Vaccination report Assam 1896-1927 - 1896-1927
Year: 1896
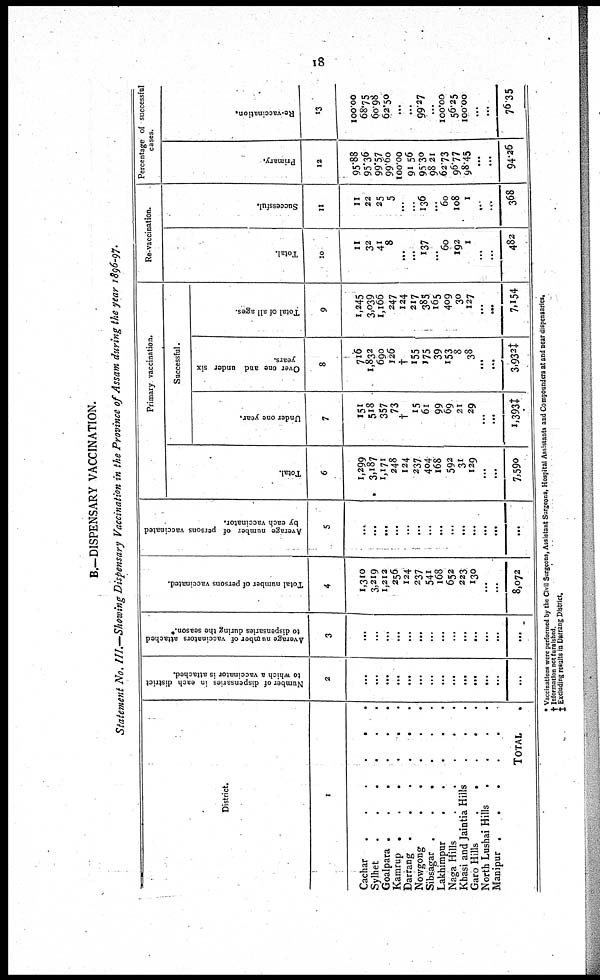
18
B.—DISPENSARY VACCINATION.
Statement No. III.—Showing Dispensary Vaccination in the Province of Assam during the year 1896-97.
District.
1
Cachar
Sylhet
......
Goalpara .
Kamrup
Darrang
Nowgong
.....
Sibsagar
......
Lakhimpur
.....
Naga Hills
Khasi and Jaintia Hills ...
Garo Hills
.....
North Lushai Hills
....
Manipur
TOTAL .
Number of dispensaries in each district
to which a vaccinator is attached.
2
...
...
...
...
...
...
...
...
...
...
...
...
...
...
Average number of vaccinators attached
to dispensaries during the season.*
3
...
...
...
...
...
...
...
...
...
...
...
...
...
...
Total number of persons vaccinated.
4
1,310
3,219
1,212
256
124
237
541
168
652
223
130
...
...
8,072
Average number of persons vaccinated
by each vaccinator.
5
...
...
...
...
...
...
...
...
...
...
...
...
...
...
Primary vaccination.
Total.
6
1,299
3,187
1,171
248
124
237
404
168
592
31
129
...
...
7,590
Successful.
Under one year.
7
151
518
357
73
†
15
61
99
69
21
29
...
...
1,393‡
Over one and under six
years.
8
716
1,832
690
126
†
155
175
39
153
8
38
...
...
3,932‡
Total of all ages.
9
1,245
3,039
1,166
247
124
217
385
165
409
30
127
...
...
7,154
Re-vaccination.
Total.
10
11
32
41
8
...
...
137
...
60
192
1
...
...
482
Successful.
11
11
22
25
5
...
...
136
...
60
108
1
...
...
368
Percentage of successful
cases.
Primary.
12
95.88
95.36
99.57
99.60
100.00
91.56
95.30
98.21
62.73
96.77
98.45
...
...
94.26
Re-vaccination.
13
100.00
68.75
60.98
62.50
...
...
99.27
...
100.00
56.25
100.00
...
...
76.35
* Vaccinations were performed by the Civil Surgeons, Assistant Surgeons, Hospital Assistants and Compounders at and near dispensaries.
† Information not furnished.
‡ Excluding results in Darrang District.